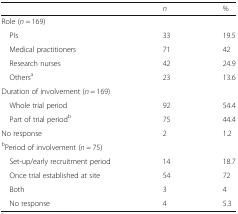
|  | n | % |
 | --- | --- | --- |
 | <COLSPAN=3> Role (n = 169) |
 | PIs | 33 | 19.5 |
 | Medical practitioners | 71 | 42 |
 | Research nurses | 42 | 24.9 |
 | Othersa | 23 | 13.6 |
 | <COLSPAN=3> Duration of involvement (n = 169) |
 | Whole trial period | 92 | 54.4 |
 | Part of trial periodb | 75 | 44.4 |
 | No response | 2 | 1.2 |
 | <COLSPAN=3> bPeriod of involvement (n = 75) |
 | Set-up/early recruitment period | 14 | 18.7 |
 | Once trial established at site | 54 | 72 |
 | Both | 3 | 4 |
 | No response | 4 | 5.3 |